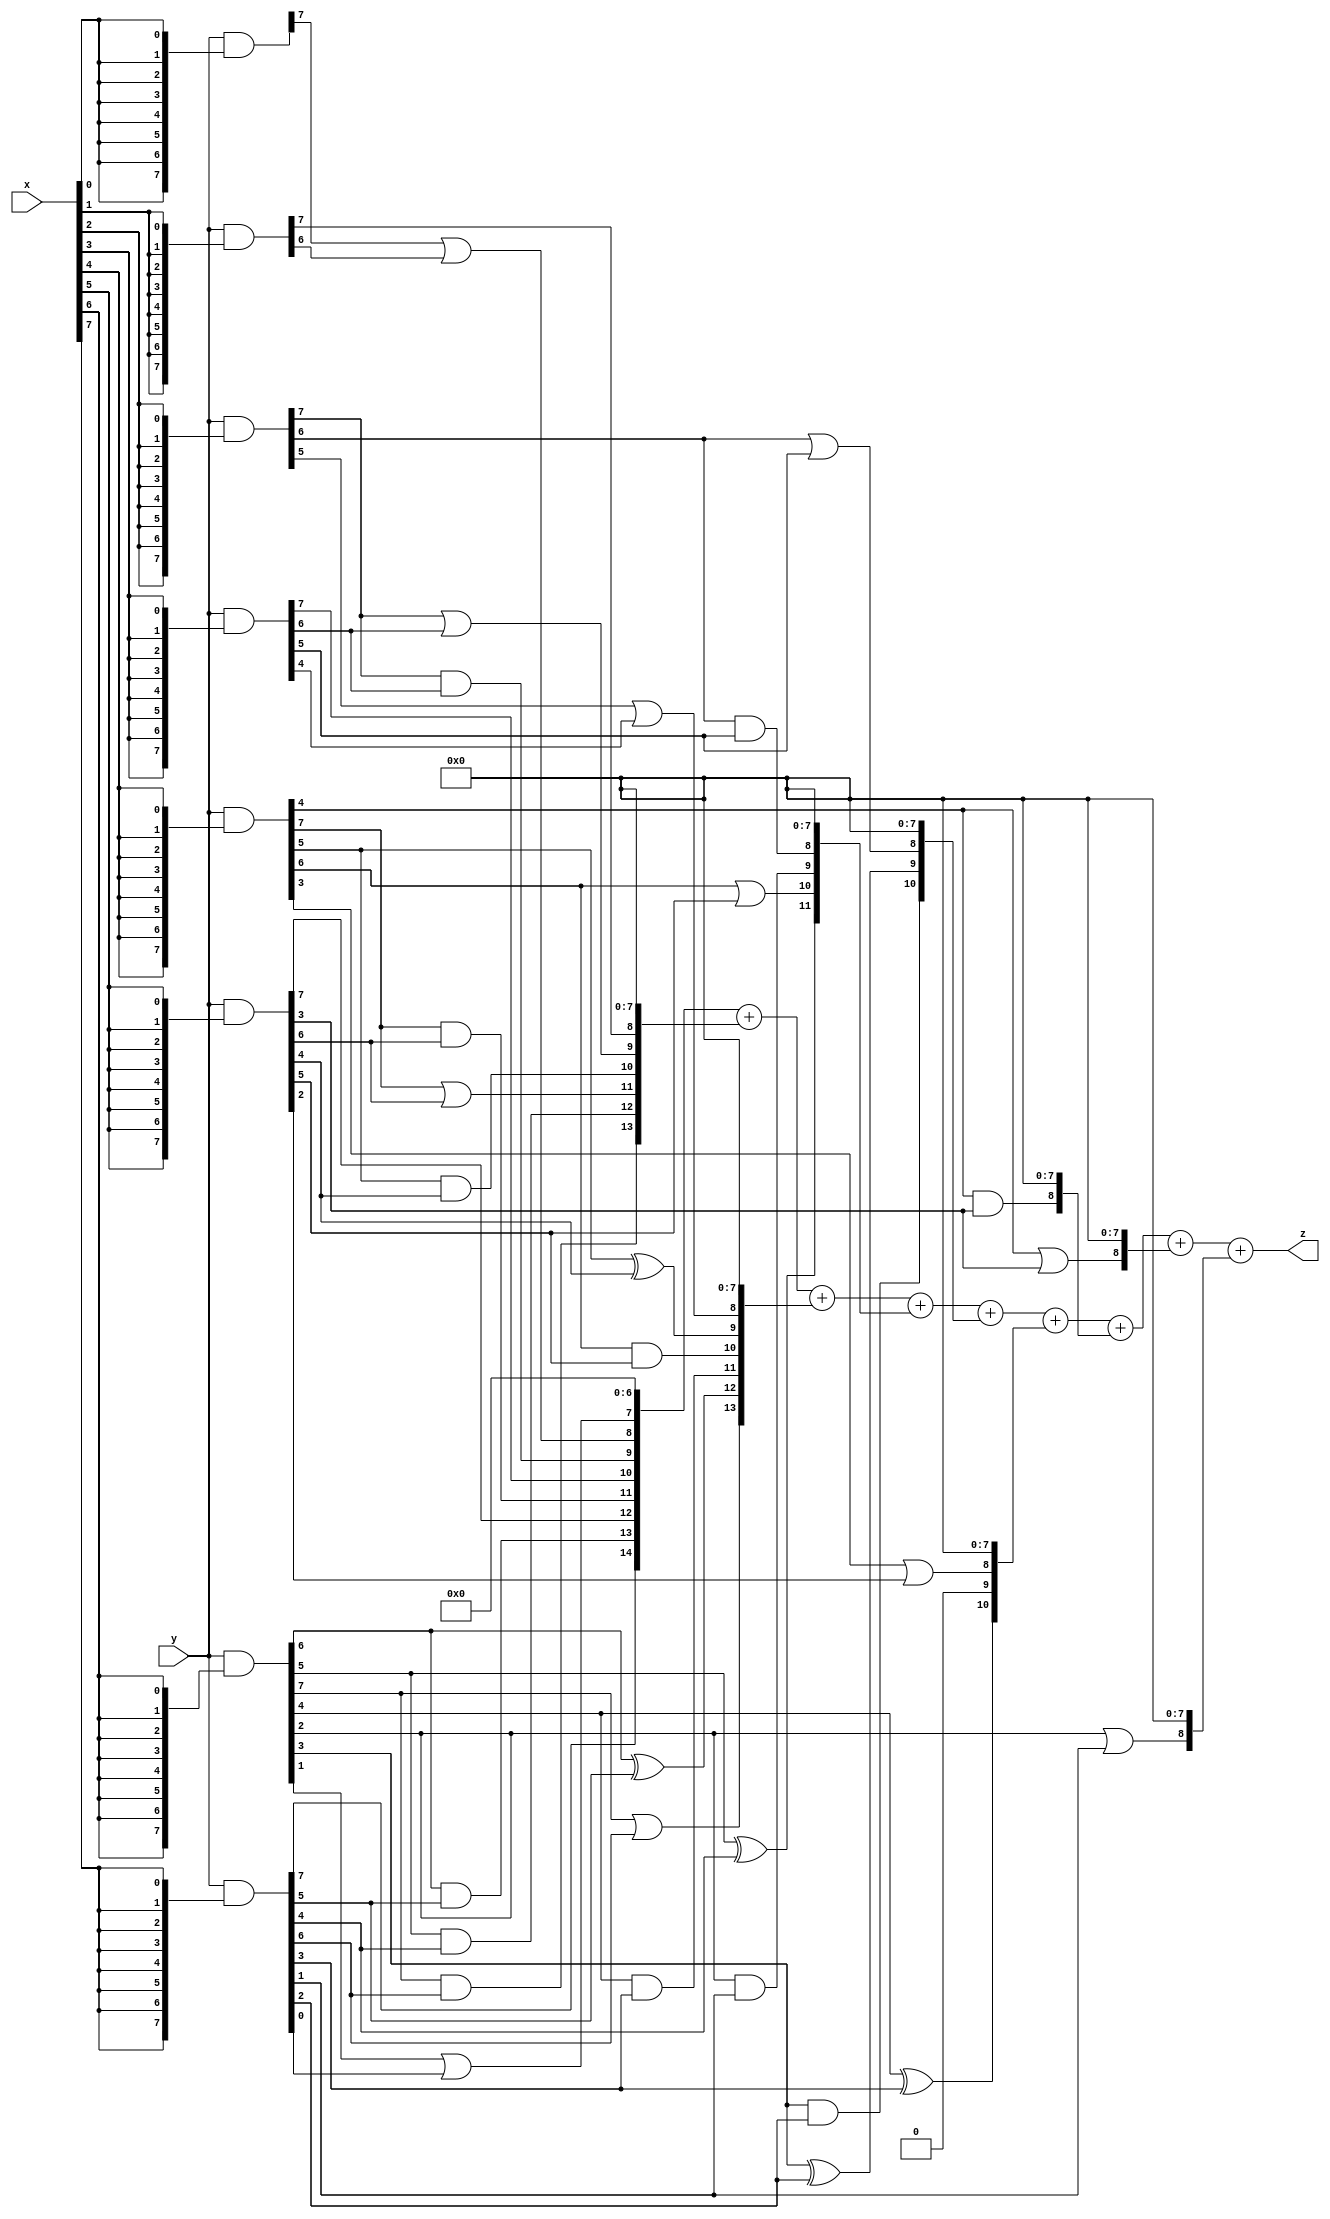
// terms: 32
// fval:  180670.25

module unsigned_8x8_l8_lamb5000_9 (
	input [7:0] x,
	input [7:0] y,
	output [15:0] z
);


wire [7:0] part1 =  y & {8{x[0]}};
wire [7:0] part2 =  y & {8{x[1]}};
wire [7:0] part3 =  y & {8{x[2]}};
wire [7:0] part4 =  y & {8{x[3]}};
wire [7:0] part5 =  y & {8{x[4]}};
wire [7:0] part6 =  y & {8{x[5]}};
wire [7:0] part7 =  y & {8{x[6]}};
wire [7:0] part8 =  y & {8{x[7]}};

wire [14:0] new_part1;
assign new_part1[0] = 0;
assign new_part1[1] = 0;
assign new_part1[2] = 0;
assign new_part1[3] = 0;
assign new_part1[4] = 0;
assign new_part1[5] = 0;
assign new_part1[6] = 0;
assign new_part1[7] = part7[1] | part8[0];
assign new_part1[8] = part1[7] | part2[6];
assign new_part1[9] = part3[7] & part4[6];
assign new_part1[10] = part4[7];
assign new_part1[11] = part5[7] & part6[6];
assign new_part1[12] = part6[7];
assign new_part1[13] = part7[6] & part8[5];
assign new_part1[14] = part8[7];

wire [13:0] new_part2;
assign new_part2[0] = 0;
assign new_part2[1] = 0;
assign new_part2[2] = 0;
assign new_part2[3] = 0;
assign new_part2[4] = 0;
assign new_part2[5] = 0;
assign new_part2[6] = 0;
assign new_part2[7] = 0;
assign new_part2[8] = part2[7];
assign new_part2[9] = part3[7] | part4[6];
assign new_part2[10] = part5[5] & part6[4];
assign new_part2[11] = part5[7] | part6[6];
assign new_part2[12] = part7[5] & part8[4];
assign new_part2[13] = part7[7] & part8[6];

wire [13:0] new_part3;
assign new_part3[0] = 0;
assign new_part3[1] = 0;
assign new_part3[2] = 0;
assign new_part3[3] = 0;
assign new_part3[4] = 0;
assign new_part3[5] = 0;
assign new_part3[6] = 0;
assign new_part3[7] = 0;
assign new_part3[8] = part3[5] | part4[4];
assign new_part3[9] = part5[5] ^ part6[4];
assign new_part3[10] = part5[6] & part6[5];
assign new_part3[11] = part7[4] & part8[3];
assign new_part3[12] = part7[6] ^ part8[5];
assign new_part3[13] = part7[7] | part8[6];

wire [11:0] new_part4;
assign new_part4[0] = 0;
assign new_part4[1] = 0;
assign new_part4[2] = 0;
assign new_part4[3] = 0;
assign new_part4[4] = 0;
assign new_part4[5] = 0;
assign new_part4[6] = 0;
assign new_part4[7] = 0;
assign new_part4[8] = part3[6] & part4[5];
assign new_part4[9] = part7[2] & part8[1];
assign new_part4[10] = part5[6] | part6[5];
assign new_part4[11] = part7[5] ^ part8[4];

wire [10:0] new_part5;
assign new_part5[0] = 0;
assign new_part5[1] = 0;
assign new_part5[2] = 0;
assign new_part5[3] = 0;
assign new_part5[4] = 0;
assign new_part5[5] = 0;
assign new_part5[6] = 0;
assign new_part5[7] = 0;
assign new_part5[8] = part3[6] | part4[5];
assign new_part5[9] = part7[3] ^ part8[2];
assign new_part5[10] = part7[3] & part8[2];

wire [10:0] new_part6;
assign new_part6[0] = 0;
assign new_part6[1] = 0;
assign new_part6[2] = 0;
assign new_part6[3] = 0;
assign new_part6[4] = 0;
assign new_part6[5] = 0;
assign new_part6[6] = 0;
assign new_part6[7] = 0;
assign new_part6[8] = part5[3] | part6[2];
assign new_part6[9] = 0;
assign new_part6[10] = part7[4] ^ part8[3];

wire [8:0] new_part7;
assign new_part7[0] = 0;
assign new_part7[1] = 0;
assign new_part7[2] = 0;
assign new_part7[3] = 0;
assign new_part7[4] = 0;
assign new_part7[5] = 0;
assign new_part7[6] = 0;
assign new_part7[7] = 0;
assign new_part7[8] = part5[4] & part6[3];

wire [8:0] new_part8;
assign new_part8[0] = 0;
assign new_part8[1] = 0;
assign new_part8[2] = 0;
assign new_part8[3] = 0;
assign new_part8[4] = 0;
assign new_part8[5] = 0;
assign new_part8[6] = 0;
assign new_part8[7] = 0;
assign new_part8[8] = part5[4] | part6[3];

wire [8:0] new_part9;
assign new_part9[0] = 0;
assign new_part9[1] = 0;
assign new_part9[2] = 0;
assign new_part9[3] = 0;
assign new_part9[4] = 0;
assign new_part9[5] = 0;
assign new_part9[6] = 0;
assign new_part9[7] = 0;
assign new_part9[8] = part7[2] | part8[1];

assign z = new_part1 + new_part2 + new_part3 + new_part4 + new_part5 + new_part6 + new_part7 + new_part8 + new_part9;
endmodule